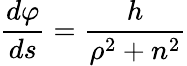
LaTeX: {\frac{d\varphi}{ds}}={\frac{h}{\rho^{2}+n^{2}}}